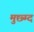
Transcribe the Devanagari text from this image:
मुछ्म्द